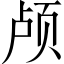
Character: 颅